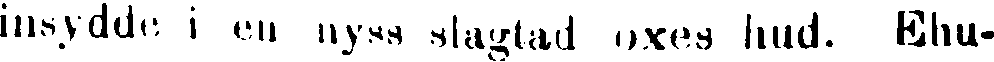
insydde i en nyss slagtad oxes hud. Ehu-